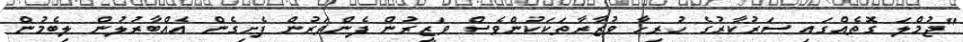
"ޖުމްލަ ގޮތެއްގައި ސަރުކާރުގެ ހުރިހާ ވުޒާރާތަކަކުންވެސް ވަޒީރުން ފެންވަރުން ފެށިގެން އެއްބާރުލުން ލިބެމުން